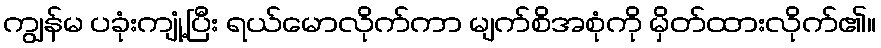
ကျွန်မ ပခုံးကျုံ့ပြီး ရယ်မောလိုက်ကာ မျက်စိအစုံကို မှိတ်ထားလိုက်၏။